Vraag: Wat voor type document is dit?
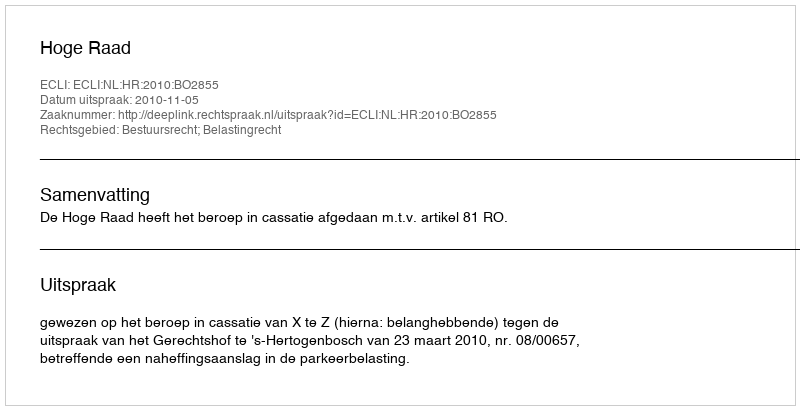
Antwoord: Uitspraak